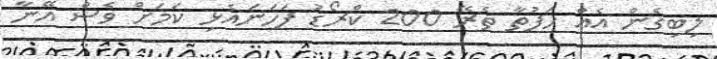
ލިބިގެން އެއް ހަފުތާ ތެރޭ 200 ކްރޯޑު ފަހަނައެޅި ކަމަށް ވެސް އޭނާ